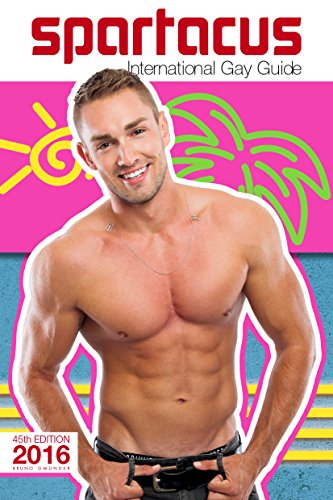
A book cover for Spartacus International Gay Guide; Briand Bedford; Gay & Lesbian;